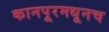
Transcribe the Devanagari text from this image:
कानपूरमधूनच